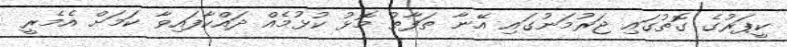
ކީޕަރުގެ ގޮތުގައި ޖަރުމަނުގައި އޭނާ ތަފާތު މޮޅު ކުޅުމެއް ދައްކާފައިވާ ކަމަށް އެމެރީ